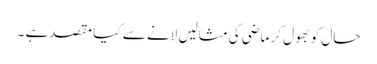
حال کو بھول کر ماضی کی مثالیں لانے سے کیا مقصد ہے ۔